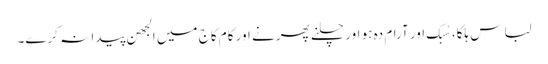
لباس ہلکا، سُبک اور آرام دہ ہو اور چلنے پھرنے اور کام کاج میں الجھن پیدا نہ کرے۔